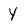
Character: Y